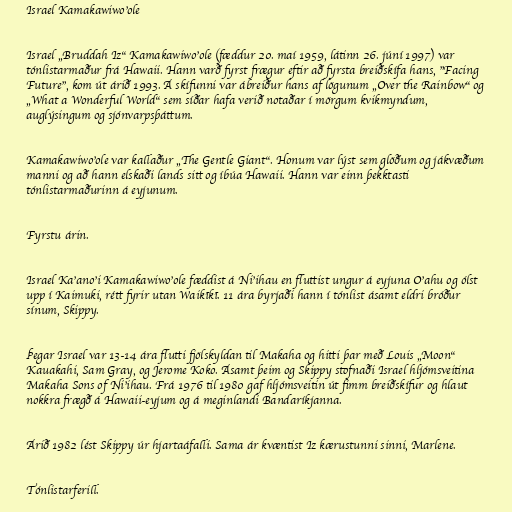
Israel Kamakawiwo'ole

Israel „Bruddah Iz“ Kamakawiwo'ole (fæddur 20. maí 1959, látinn 26. júní 1997) var
tónlistarmaður frá Hawaii. Hann varð fyrst frægur eftir að fyrsta breiðskífa hans, "Facing
Future", kom út árið 1993. Á skífunni var ábreiður hans af lögunum „Over the Rainbow“ og
„What a Wonderful World“ sem síðar hafa verið notaðar í mörgum kvikmyndum,
auglýsingum og sjónvarpsþáttum.

Kamakawiwo'ole var kallaður „The Gentle Giant“. Honum var lýst sem glöðum og jákvæðum
manni og að hann elskaði lands sitt og íbúa Hawaii. Hann var einn þekktasti
tónlistarmaðurinn á eyjunum.

Fyrstu árin.

Israel Ka'ano'i Kamakawiwo'ole fæddist á Ni'ihau en fluttist ungur á eyjuna O'ahu og ólst
upp í Kaimuki, rétt fyrir utan Waikīkī. 11 ára byrjaði hann í tónlist ásamt eldri bróður
sínum, Skippy.

Þegar Israel var 13-14 ára flutti fjölskyldan til Makaha og hitti þar með Louis „Moon“
Kauakahi, Sam Gray, og Jerome Koko. Ásamt þeim og Skippy stofnaði Israel hljómsveitina
Makaha Sons of Ni’ihau. Frá 1976 til 1980 gaf hljómsveitin út fimm breiðskífur og hlaut
nokkra frægð á Hawaii-eyjum og á meginlandi Bandaríkjanna.

Árið 1982 lést Skippy úr hjartaáfalli. Sama ár kvæntist Iz kærustunni sinni, Marlene.

Tónlistarferill.